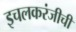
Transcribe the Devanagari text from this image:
इचलकरंजीची